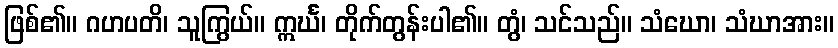
ဖြစ်၏။ ဂဟပတိ၊ သူကြွယ်။ ဣင်္ဃ၊ တိုက်တွန်းပါ၏။ တွံ၊ သင်သည်။ သံဃော၊ သံဃာအား။